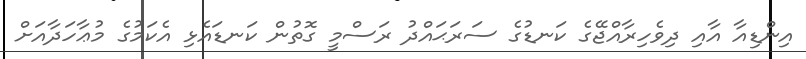
އިންޑިއާ އާއި ދިވެހިރާއްޖޭގެ ކަނޑުގެ ސަރަޙައްދު ރަސްމީ ގޮތުން ކަނޑައެޅި އެކަމުގެ މުޢާހަދާއަށް